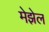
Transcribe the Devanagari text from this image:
मेझेल